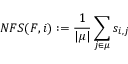
N F S ( F , i ) : = \frac { 1 } { | \mu | } \sum _ { j \in \mu } s _ { i , j }